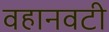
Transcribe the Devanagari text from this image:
वहानवटी